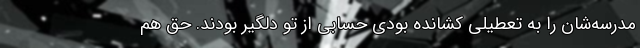
مدرسه‌شان را به تعطیلی کشانده بودی حسابی از تو دلگیر بودند. حق هم